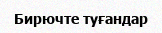
Бирючте туғандар